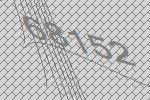
68152